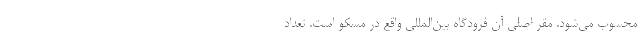
محسوب می‌شود. مقر اصلی آن فرودگاه بین‌المللی واقع در مسکو است. تعداد